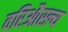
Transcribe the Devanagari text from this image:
वरिऔस्ल्य